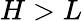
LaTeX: H>L